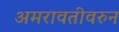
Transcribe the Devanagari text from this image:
अमरावतीवरुन